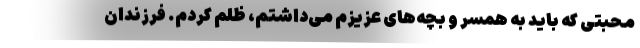
محبتی که باید به همسر و بچه‌های عزیزم می‌داشتم، ظلم کردم. فرزندان